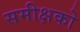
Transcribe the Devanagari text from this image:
समीक्षको